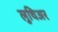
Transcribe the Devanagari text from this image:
लुथिअर